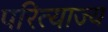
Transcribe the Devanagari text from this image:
परित्याज्य